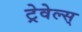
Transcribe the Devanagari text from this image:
ट्रेवेल्स्